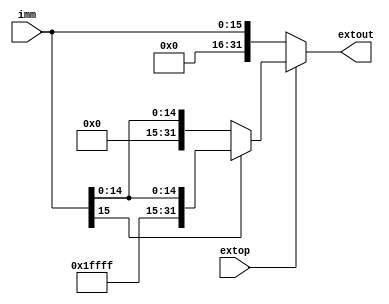
module Extender(imm,extout,extop);
  //the immediate value to be extended
  input [15:0] imm;
  //the control signal for extension type
  input extop;
  //the extendes value
  output [31:0] extout;

  //if zero extension, then add 16 0's infront of immediate
  assign extout=(extop==0)?{16'b0,imm}:
  //sign extension:
  //if the most significant bit is 0, then add 16 0's in front of immediate
         (imm[15]==0)?{16'b0,imm}:
         //if the most significant bit is 1, then add 16 1's in front of immediate
         {16'hffff,imm};
 
endmodule